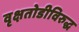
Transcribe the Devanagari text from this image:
वृक्षतोडीविरुद्ध